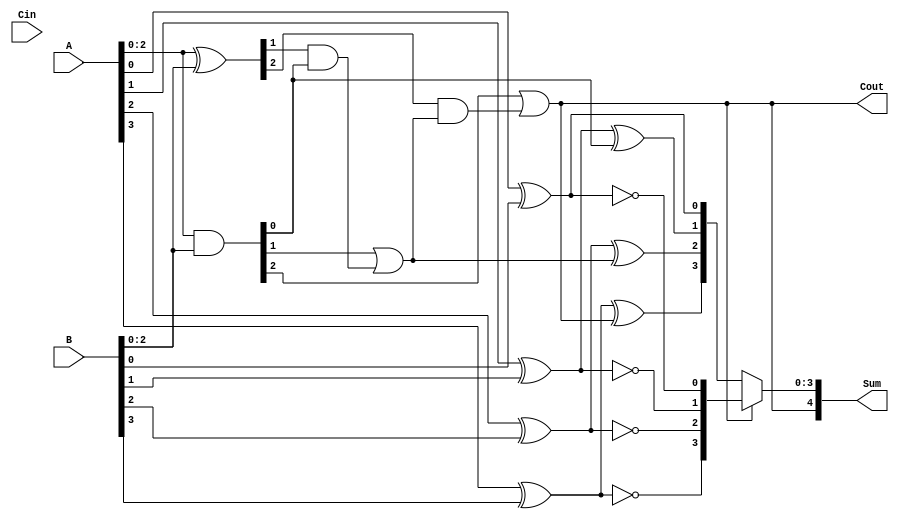
module CarrySelectAdder (
    input [3:0] A,        // 4-bit input A
    input [3:0] B,        // 4-bit input B
    input Cin,            // Carry-in
    output [4:0] Sum,     // 5-bit output (4-bit sum + carry-out)
    output Cout           // Carry-out
);

    // Internal signals
    wire [3:0] S0, S1;    // Partial sums for Cin = 0 and Cin = 1
    wire [3:0] G, P;       // Generate and Propagate signals
    wire C1, C2;          // Carry-out for each group

    // Generate and Propagate signals
    assign G = A & B;          // Generate
    assign P = A ^ B;          // Propagate

    // Group 0 (LSB group)
    assign S0[0] = A[0] ^ B[0] ^ 0; // Sum when Cin = 0
    assign S1[0] = A[0] ^ B[0] ^ 1; // Sum when Cin = 1
    assign C1 = G[0] | (P[0] & 0);  // Carry-out for group 0

    // Group 1
    assign S0[1] = A[1] ^ B[1] ^ C1; // Sum when Cin = 0
    assign S1[1] = A[1] ^ B[1] ^ 1;  // Sum when Cin = 1
    assign C2 = G[1] | (P[1] & C1);  // Carry-out for group 1

    // Group 2
    assign S0[2] = A[2] ^ B[2] ^ C2; // Sum when Cin = 0
    assign S1[2] = A[2] ^ B[2] ^ 1;  // Sum when Cin = 1
    assign Cout = G[2] | (P[2] & C2); // Final carry-out

    // Group 3 (MSB group)
    assign S0[3] = A[3] ^ B[3] ^ Cout; // Sum when Cin = 0
    assign S1[3] = A[3] ^ B[3] ^ 1;    // Sum when Cin = 1

    // Final Sum selection based on carry-out
    assign Sum = {Cout, (Cout ? S1 : S0)}; // Select the appropriate sum based on Cout

endmodule